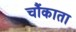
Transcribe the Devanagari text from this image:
चौंकाता